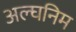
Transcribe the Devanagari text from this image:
अल्घनिम